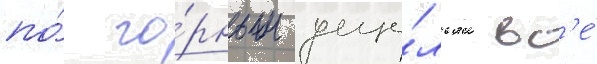
по́ го́рным уще́льям вс'е́